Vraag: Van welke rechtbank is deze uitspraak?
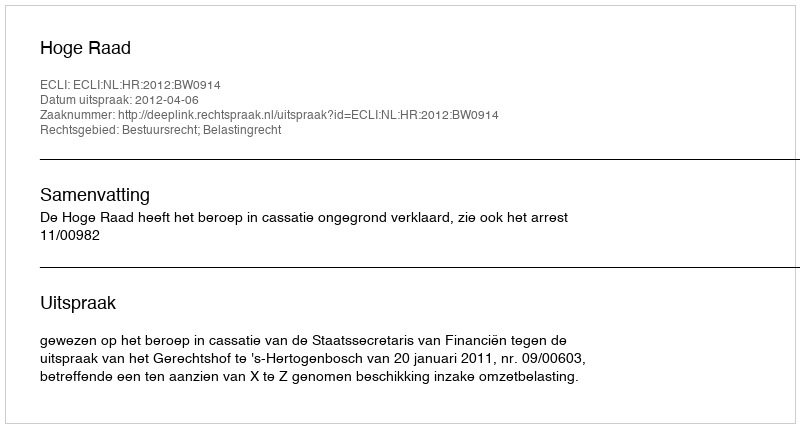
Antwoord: Hoge Raad